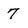
Character: 7